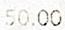
50.00